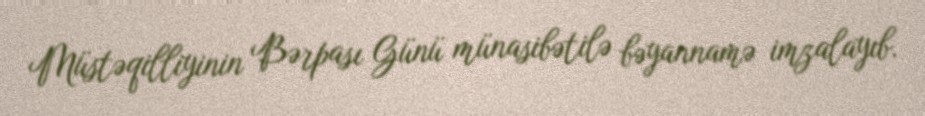
Müstəqilliyinin Bərpası Günü münasibətilə bəyannamə imzalayıb.